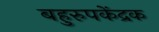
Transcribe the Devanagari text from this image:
बहुरुपकेंद्रक